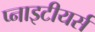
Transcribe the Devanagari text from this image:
प्नाइटीयर्स